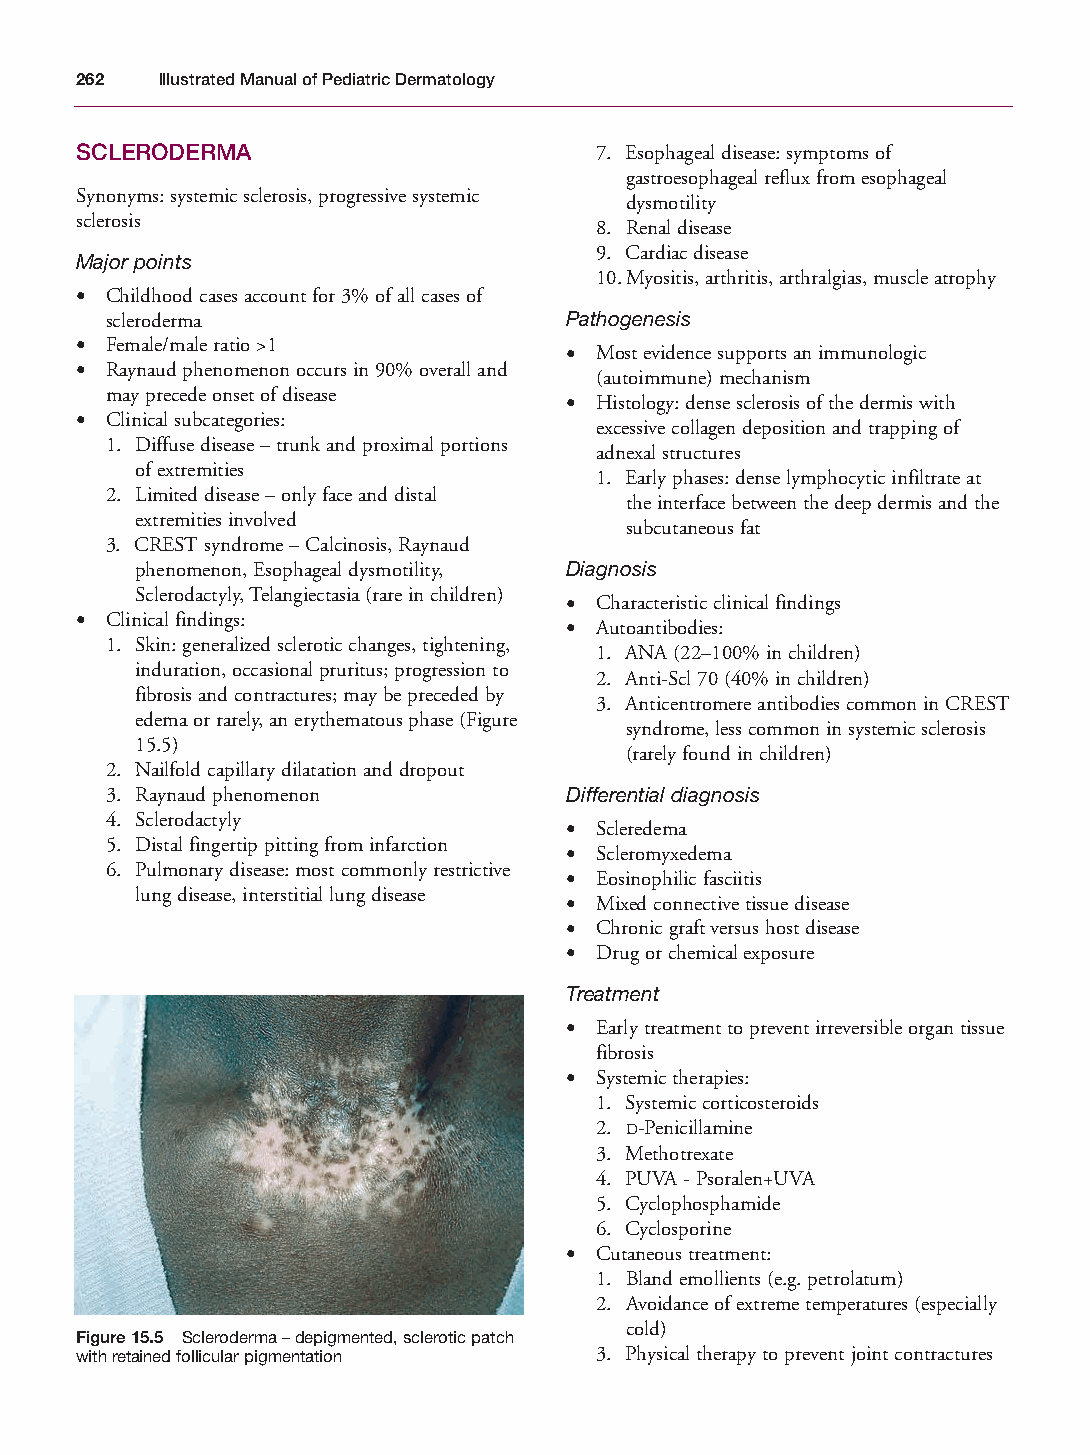
Mallory Chapter 15 27/1/05 2:37 pm Page 262
 262  Illustrated Manual of Pediatric Dermatology
 SCLERODERMA                       7. Esophageal disease: symptoms of
 gastroesophageal reflux from esophageal
 Synonyms: systemic sclerosis, progressive systemic
 dysmotility
 sclerosis
 8. Renal disease
 9. Cardiac disease
 Major points
 10.Myositis, arthritis, arthralgias, muscle atrophy
 • Childhood cases account for 3% of all cases of
 scleroderma                   Pathogenesis
 • Female/male ratio >1
 • Most evidence supports an immunologic
 • Raynaud phenomenon occurs in 90% overall and
 (autoimmune) mechanism
 may precede onset of disease
 • Histology: dense sclerosis of the dermis with
 • Clinical subcategories:
 excessive collagen deposition and trapping of
 1. Diffuse disease – trunk and proximal portions
 adnexal structures
 of extremities
 1. Early phases: dense lymphocytic infiltrate at
 2. Limited disease – only face and distal
 the interface between the deep dermis and the
 extremities involved
 subcutaneous fat
 3. CREST syndrome – Calcinosis, Raynaud
 phenomenon, Esophageal dysmotility, Diagnosis
 Sclerodactyly, Telangiectasia (rare in children)
 • Characteristic clinical findings
 • Clinical findings:
 • Autoantibodies:
 1. Skin: generalized sclerotic changes, tightening,
 1. ANA (22–100% in children)
 induration, occasional pruritus; progression to
 2. Anti-Scl 70 (40% in children)
 fibrosis and contractures; may be preceded by
 3. Anticentromere antibodies common in CREST
 edema or rarely, an erythematous phase (Figure
 syndrome, less common in systemic sclerosis
 15.5)
 (rarely found in children)
 2. Nailfold capillary dilatation and dropout
 3. Raynaud phenomenon         Differential diagnosis
 4. Sclerodactyly
 • Scleredema
 5. Distal fingertip pitting from infarction
 • Scleromyxedema
 6. Pulmonary disease: most commonly restrictive
 • Eosinophilic fasciitis
 lung disease, interstitial lung disease
 • Mixed connective tissue disease
 • Chronic graft versus host disease
 • Drug or chemical exposure
 Treatment
 • Early treatment to prevent irreversible organ tissue
 fibrosis
 • Systemic therapies:
 1. Systemic corticosteroids
 2. D-Penicillamine
 3. Methotrexate
 4. PUVA - Psoralen+UVA
 5. Cyclophosphamide
 6. Cyclosporine
 • Cutaneous treatment:
 1. Bland emollients (e.g. petrolatum)
 2. Avoidance of extreme temperatures (especially
 cold)
 Figure 15.5 Scleroderma – depigmented, sclerotic patch
 with retained follicular pigmentation 3. Physical therapy to prevent joint contractures